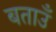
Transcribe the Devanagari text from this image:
बताउँ